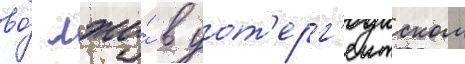
во́ лжи́ в уот'ерг'еитском